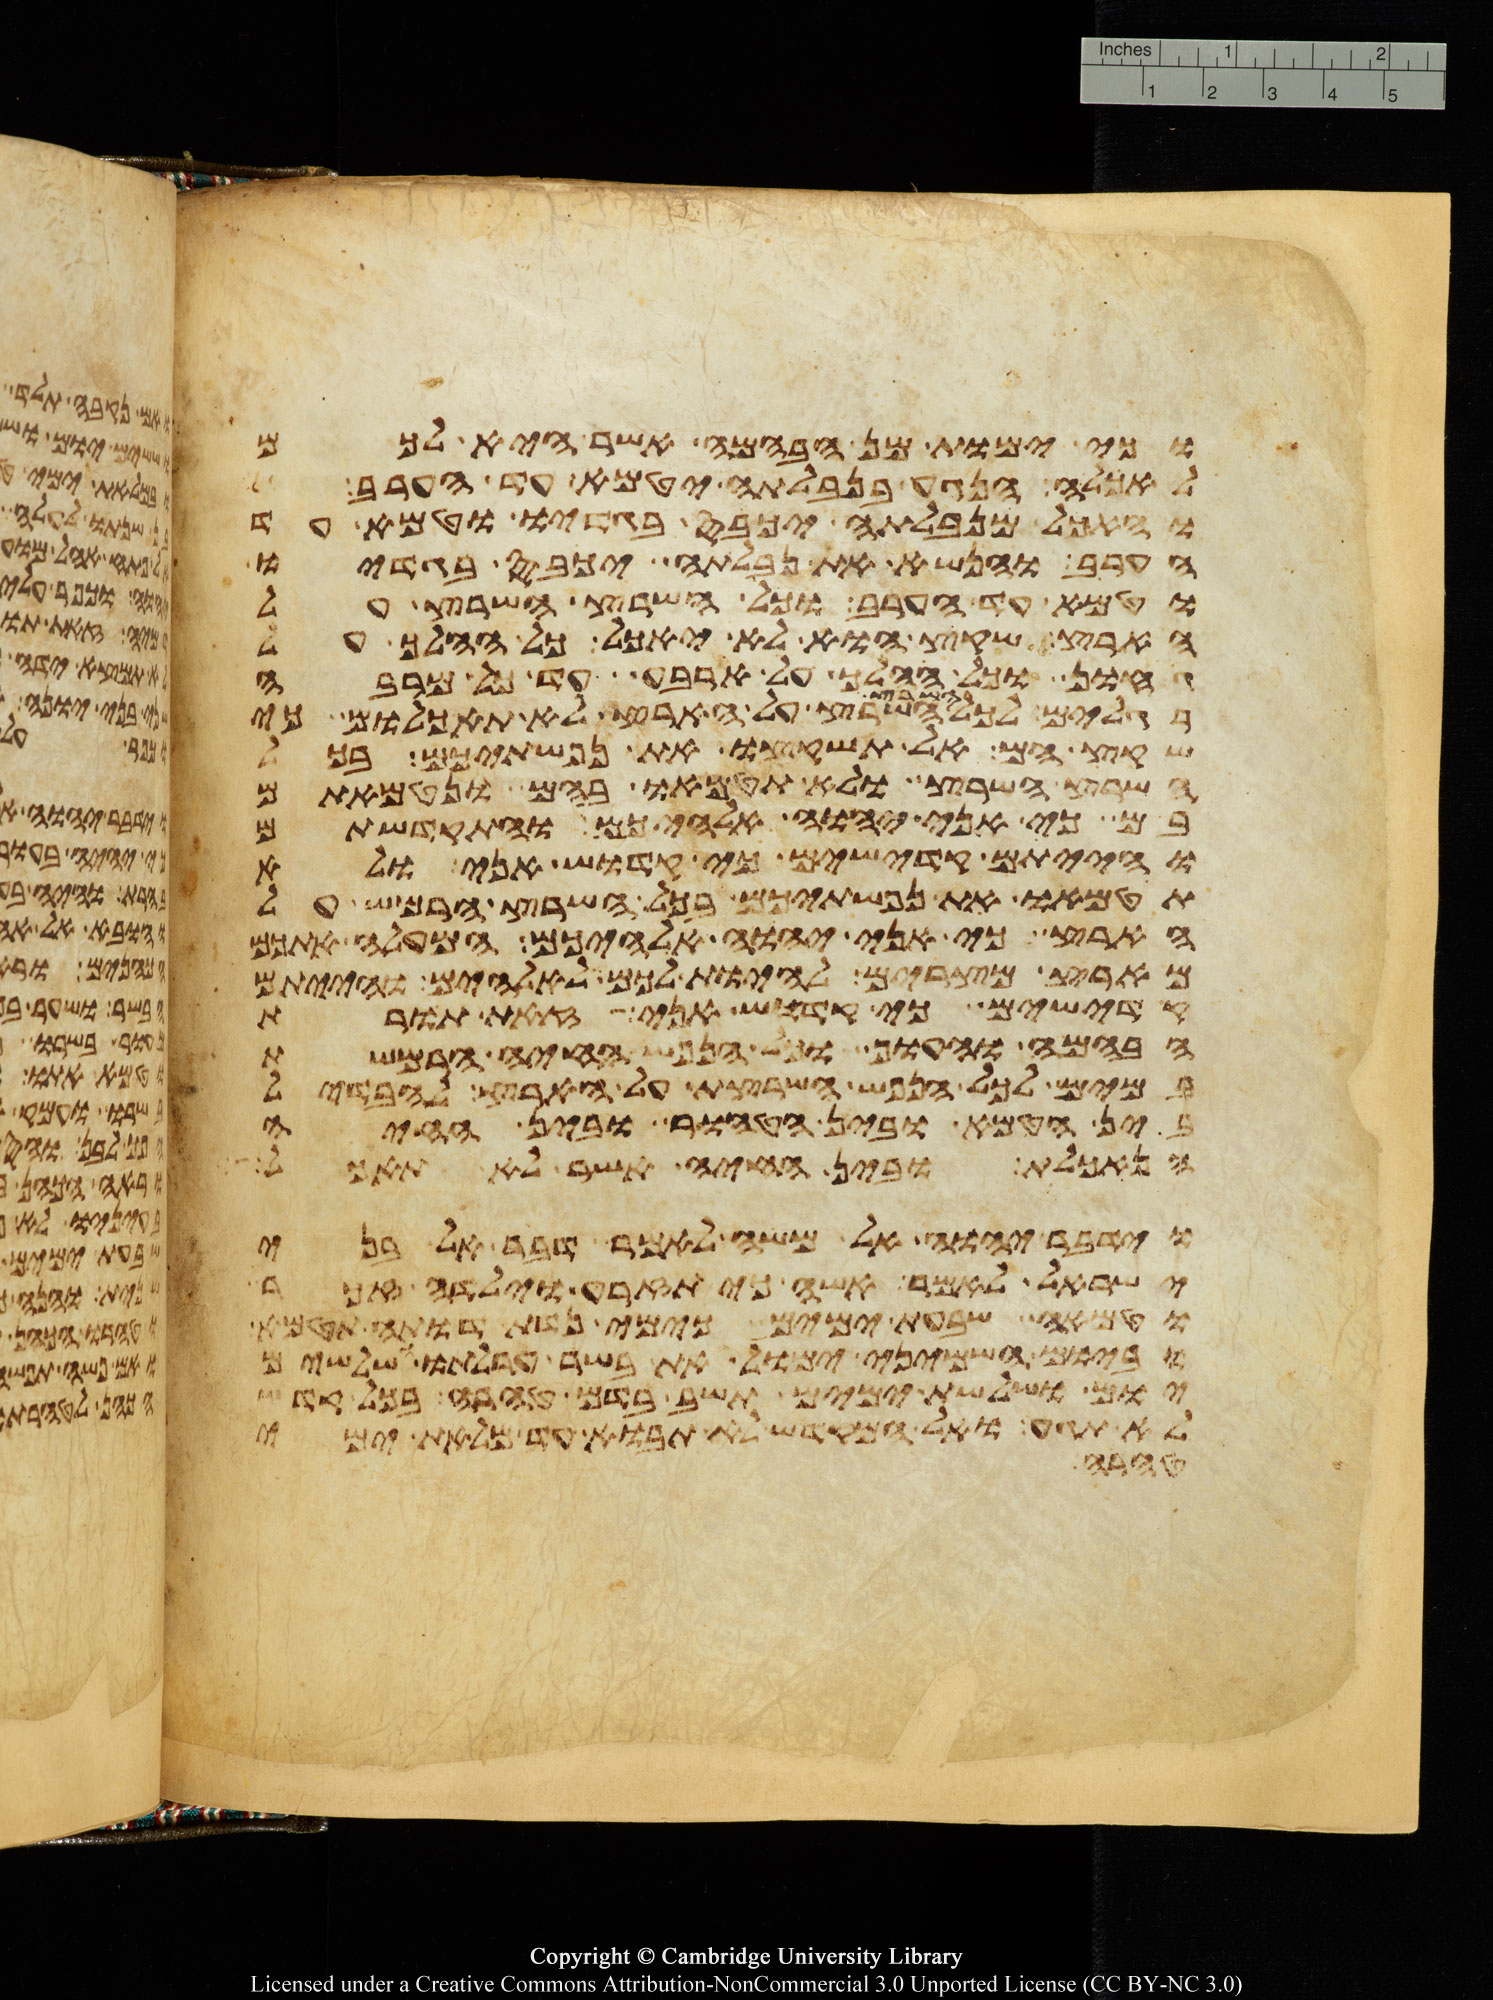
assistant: וכי ימות מן הבהמה אשר היא לכם
לאכלה הנגע בנבלתה יטמא עד הערב
והאכל מנבלתה יכבס בגדיו וטמא עד
הערב והנשא את נבלתה יכבס בגדיו
וטמא עד הערב וכל השרץ השרץ על
הארץ שקץ הוא לא יאכל כל ההלך על
גחון וכל ההלך על ארבע עד כל מרבה
רגלים לכל השרץ השרץ על הארץ לא תאכלום כי
שקץ הם אל תשקצו את נפשתיכם בכל
השרץ השרץ ולא תטמאו בהם ונטמאתם
בם כי אני יהוה אלהיכם והתקדשתם
והייתם קדישים כי קדוש אני ולא
תטמאו את נפשתיכם בכל השרץ הרמש על
הארץ כי אני יהוה אלהיכם המעלה אתכם
מארץ מצרים להיות לכם לאלהים והייתם
קדישים כי קדוש אני זאת תורת
הבהמה והעוף וכל הנפש החיה הרמשת
במים לכל הנפש השרצת על הארץ להבדיל
בין הטמא ובין הטהור ובין החיה
הנאכלת ובין החיה אשר לא תאכל
וידבר יהוה אל משה לאמר דבר אל בני
ישראל לאמר אשה כי תזרע וילדה זכר
וטמאה שבעת ימים כימי נדת דותה תטמא
וביום השמיני ימול את בשר ערלתו ושלשים
יום ושלשת ימים תשב בדם טהרה בכל קדש
לא תגע ואל המקדש לא תבוא עד מלאת ימי
טהרה